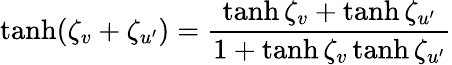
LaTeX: \operatorname{tanh}(\zeta_{v}+\zeta_{u^{\prime}})={\frac{\operatorname{tanh}\zeta_{v}+\operatorname{tanh}\zeta_{u^{\prime}}}{1+\operatorname{tanh}\zeta_{v}\operatorname{tanh}\zeta_{u^{\prime}}}}